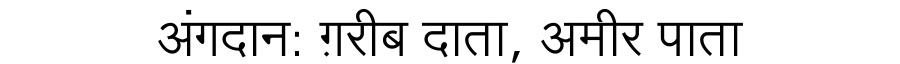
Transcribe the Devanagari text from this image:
अंगदान: ग़रीब दाता, अमीर पाता